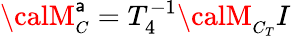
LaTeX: {\calM}_{\small{C}}^{\mathsf{a}}=T_{4}^{-1}{\calM}_{\small{C_{T}}}I